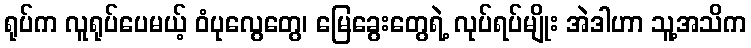
ရုပ်က လူရုပ်ပေမယ့် ဝံပုလွေတွေ၊ မြေခွေးတွေရဲ့ လုပ်ရပ်မျိုး အဲဒါဟာ သူ့အသိက